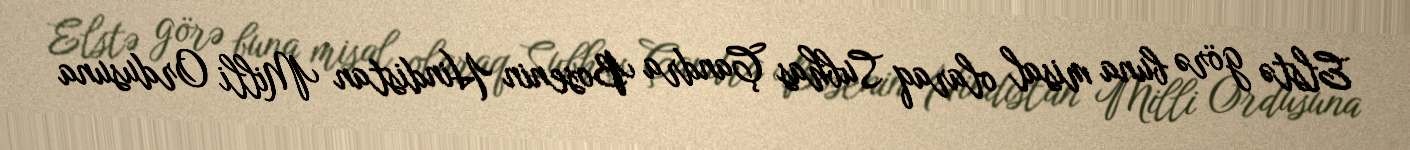
Elstə görə buna misal olaraq Subhas Çandra Bosenin Hindistan Milli Ordusuna